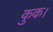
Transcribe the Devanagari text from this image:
कुक।